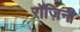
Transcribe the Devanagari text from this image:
रॉज़िनी